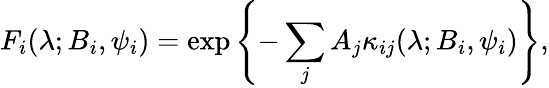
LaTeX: F_{i}(\lambda;B_{i},\psi_{i})=\exp\left\{ -\sum_{j}A_{j}\kappa_{ij}(\lambda;B_{i},\psi_{i})\right\} ,